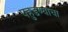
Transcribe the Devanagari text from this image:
पहुडण्याचा